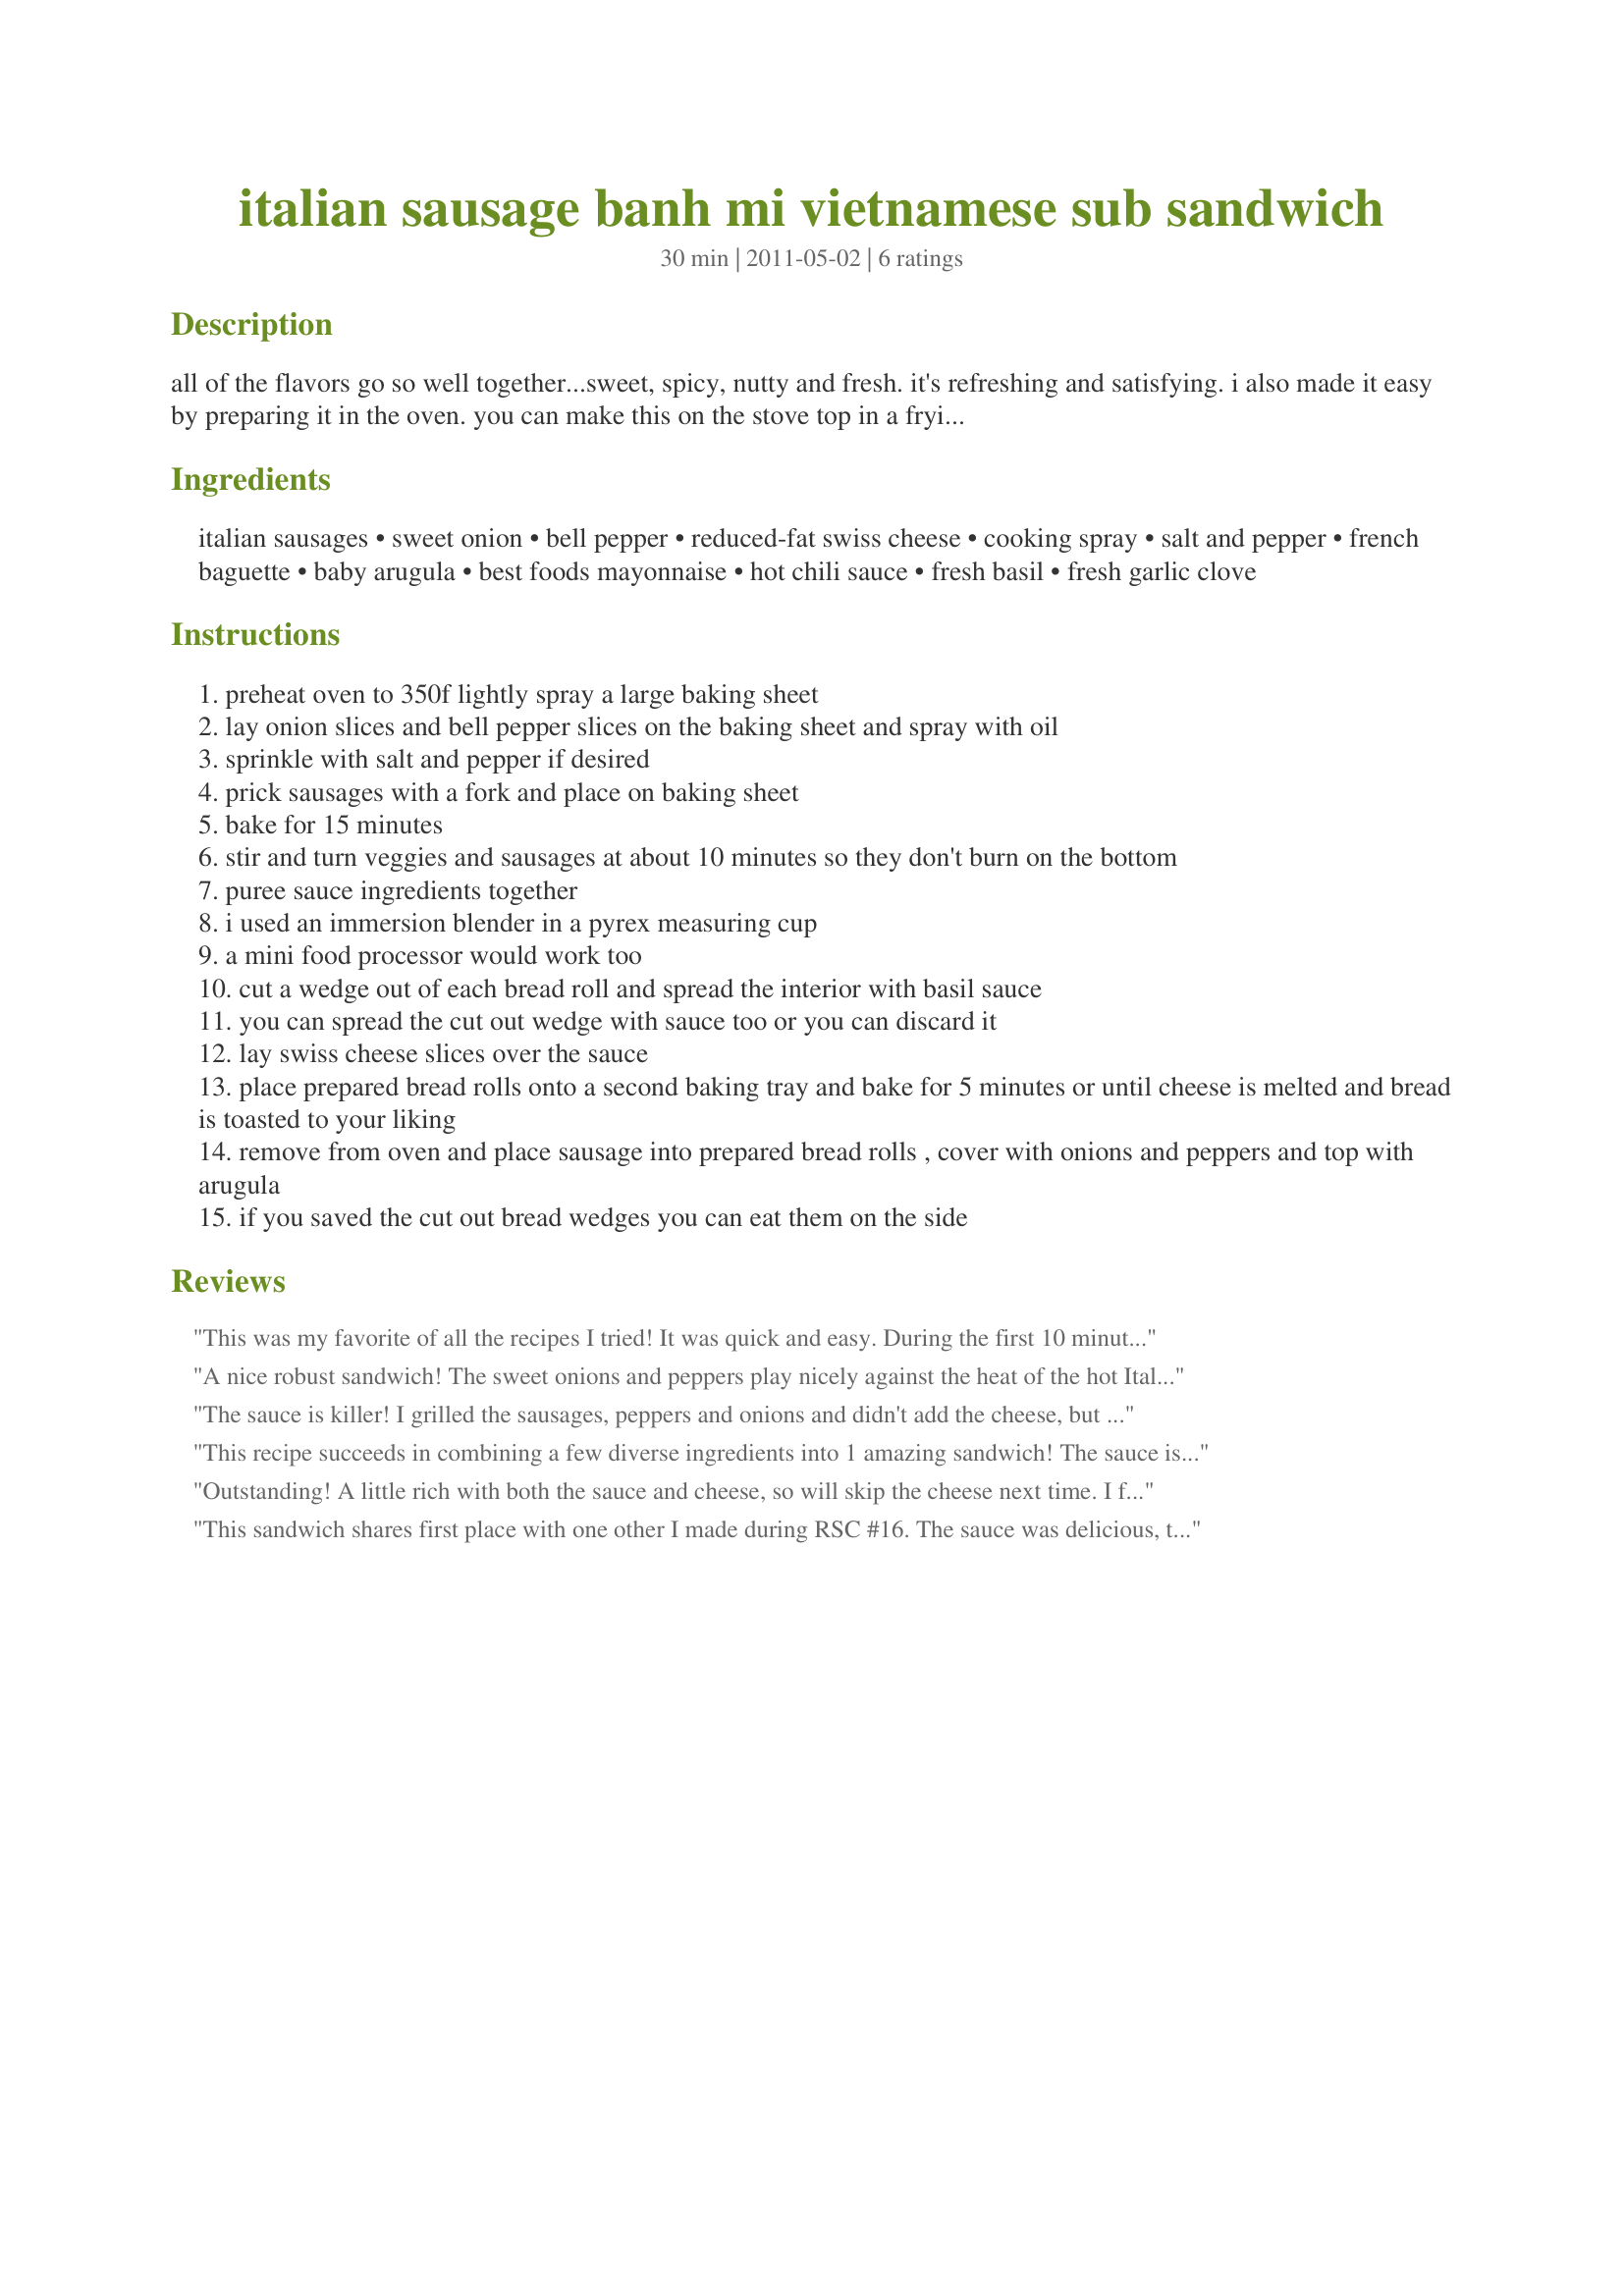
italian sausage banh mi vietnamese sub sandwich
Preparation time: 30 minutes

all of the flavors go so well together...sweet, spicy, nutty and fresh. it's refreshing and satisfying. i also made it easy by preparing it in the oven. you can make this on the stove top in a frying pan if you prefer. turkey sausage is great too, i didn't list it or the oblong crusty bread rolls because food.com doesn't calculate the calories for them. the sriracha is optional because it is a 6th contest ingredient.

Ingredients:
italian sausages, sweet onion, bell pepper, reduced-fat swiss cheese, cooking spray, salt and pepper, french baguette, baby arugula, best foods mayonnaise, hot chili sauce, fresh basil, fresh garlic clove

Steps:
preheat oven to 350f lightly spray a large baking sheet
lay onion slices and bell pepper slices on the baking sheet and spray with oil
sprinkle with salt and pepper if desired
prick sausages with a fork and place on baking sheet
bake for 15 minutes
stir and turn veggies and sausages at about 10 minutes so they don't burn on the bottom
puree sauce ingredients together
i used an immersion blender in a pyrex measuring cup
a mini food processor would work too
cut a wedge out of each bread roll and spread the interior with basil sauce
you can spread the cut out wedge with sauce too or you can discard it
lay swiss cheese slices over the sauce
place prepared bread rolls onto a second baking tray and bake for 5 minutes or until cheese is melted and bread is toasted to your liking
remove from oven and place sausage into prepared bread rolls , cover with onions and peppers and top with arugula
if you saved the cut out bread wedges you can eat them on the side

Reviews:
This was my favorite of all the recipes I tried! It was quick and easy. During the first 10 minutes of cooking I made and sauce and prepared the bread (I used bollilo). Then I turned the sausages and veggies and put the bread in the oven for the last 5 minutes of cooking. The cheese was perfectly melted, the bread was hot, and I was ready to assemble. I used hot sausage and the sriracha option. With the first bite, I was in sandwich heaven! Slightly messy, but oh, so tasty. Thanks for sharing. Made for RSC #16.
A nice robust sandwich! The sweet onions and peppers play nicely against the heat of the hot Italian sausages and hot chili sauce of the dressing. I made as written using whole wheat oblong crusty rolls, the hot Italian sausage option and 1 teaspoon on the hot chili sauce option. Did have to increase the bake time of the veggies and sausage as the recipe calls for 15 minutes and mine were no wear done so gave them yet another stir and cooked for 15 more minutes for a total of 30 minutes. Thanks so much for the post and good luck in the contest.
The sauce is killer! I grilled the sausages, peppers and onions and didn't add the cheese, but the sandwich was still great.
This recipe succeeds in combining a few diverse ingredients into 1 amazing sandwich! The sauce is terrific and I would use it for any sandwich! The only problem we had was trying to eat these without making a big mess because the French bread was too small to hold the sausage and everything else. This recipe is still a 5 star all the way - the ingredients are complimentary, the instructions are very clear, the cooking method of the peppers, onions and sausage is excellent and the end result is fantastic! Next time, I'll just buy buns! I had to sub spinach for the arugula, but that's the only change I made.
Outstanding! A little rich with both the sauce and cheese, so will skip the cheese next time. I followed another reviewer&#039;s advice and increased the oven temperature to 400 degrees.
This sandwich shares first place with one other I made during RSC #16. The sauce was delicious, the italian sausage complemented the sweet peppers and swiss cheese perfectly (and I'm not even a fan of swiss cheese). Like another reviewer, I did have to increase the baking time of the veggies and sausage (mine were very thick) by double, for 15 minutes per side so I may grill or broil them, or possibly just increase to 400°F next time. I didn't have any buns or baguettes so I used what I had on hand, whole wheat English muffins, and it was still amazingly delicious. The leftovers even kept well and I got to enjoy it all again for lunch the next day. I'll have to modify it some to serve my family (I have a onion and peppers hater) but definitely a staple in my "kids weekend away" recipe binder :). Thanks so much for a delicious recipe. Made and thoroughly enjoyed for RSC #16. Best of luck!! =)
